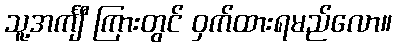
သူ့အင်္ကျီ ကြားတွင် ဝှက်ထားရမည်လော။